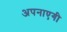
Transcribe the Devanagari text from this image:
अपनाएगी